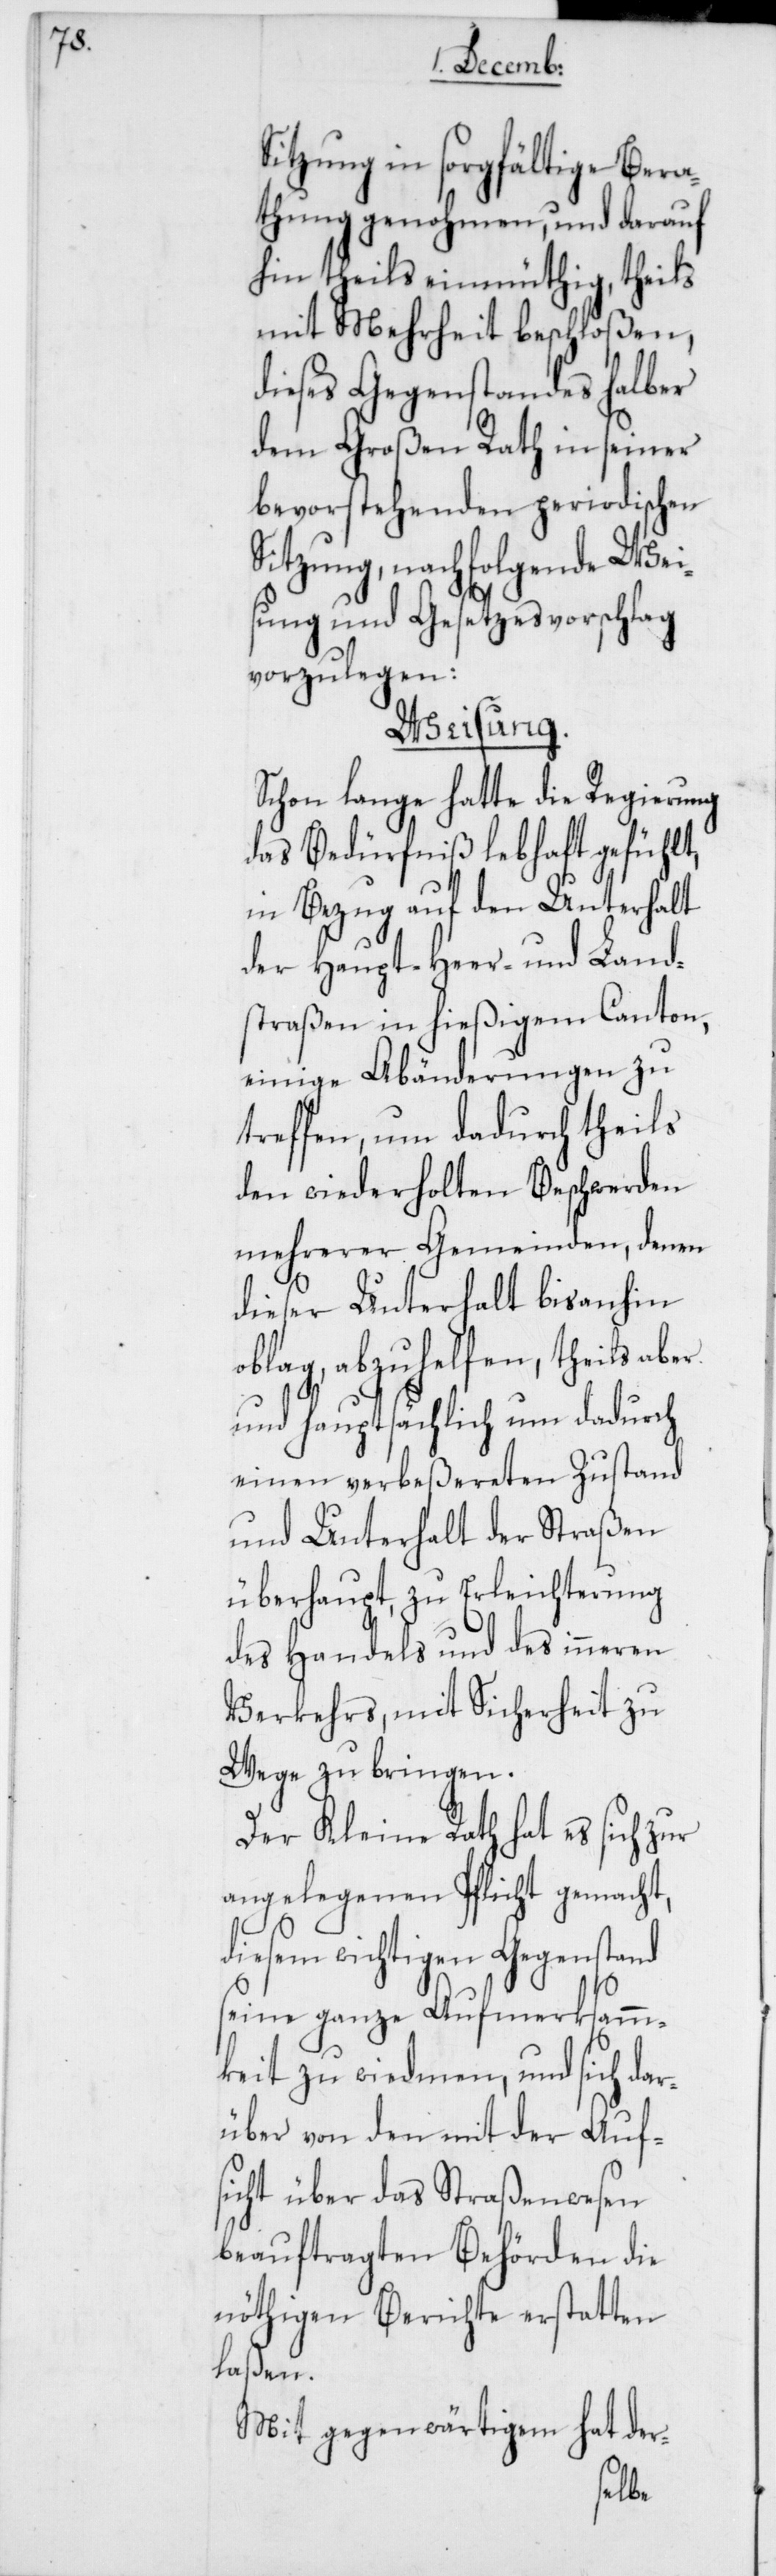
Sitzung in sorgfältige Bera¬
thung genohmen, und darauf
hin theils einmüthig, theils
mit Mehrheit beschloßen,
dieses Gegenstandes halber
dem Großen Rath in seiner
bevorstehenden periodischen
Sitzung, nachfolgende Wei¬
sung und Gesetzesvorschlag
vorzulegen:
Weisung.
Schon lange hatte die Regierung
das Bedürfniß lebhaft gefühlt,
in Bezug auf den Unterhalt
der Haupt-[,] Heer- und Land¬
straßen in hießigem Canton,
einige Abänderungen zu
treffen, um dadurch theils
den wiederholten Beschwerden
mehrerer Gemeinden, denen
dieser Unterhalt bis anhin
oblag, abzuhelfen, theils aber
und hauptsächlich um dadurch
einen verbeßereten Zustand
und Unterhalt der Straßen
überhaupt, zu Erleichterung
des Handels und des inneren
Verkehrs, mit Sicherheit zu
Wege zu bringen.
Der Kleine Rath hat es sich zur
angelegenen Pflicht gemacht,
em wichtigen Gegenstand
seine ganze Aufmerksamm¬
keit zu wiedmen, um sich dar¬
über von den mit der Aufs¬
icht über das Straßenwesen
beauftragten Behörden die
nöthigen Berichte erstatten
laßen.
Mit gegenwärtigem hat der-
dies¬